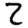
Digit: 2